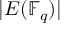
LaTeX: | E ( \mathbb { F } _ { q } ) |